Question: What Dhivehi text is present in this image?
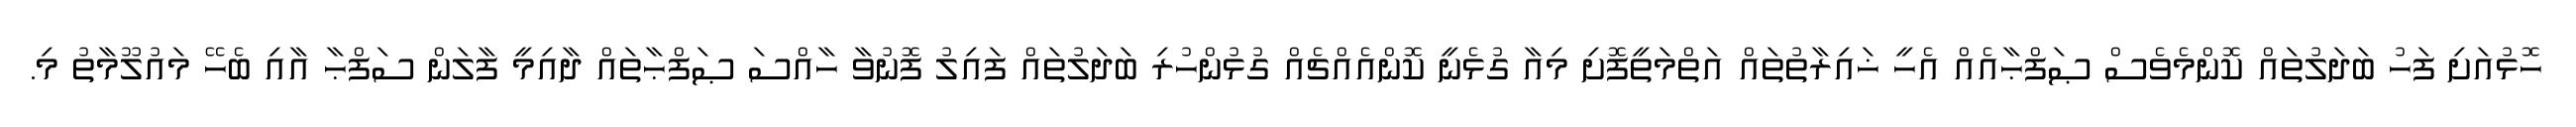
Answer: ހޮޅުއަށި ފަހު ބަދަލުތައް ކޮންމެވެސް ޞަފްޙާއެއް އެހީ ޚައިރާތުތައް އަތްމަތީފޮށި މިއާ ގުޅެނީ ކޮންއެއްޗެއް ގުޅުންހުރި ބަދަލުތައް ފައިލު ފޮނުވާ ހާއްސަ ޞަފްޙާތައް ދާއިމީ ފާލަން ސަފްޙާ އާއި ބެހޭ މައުލޫމާތު މި.